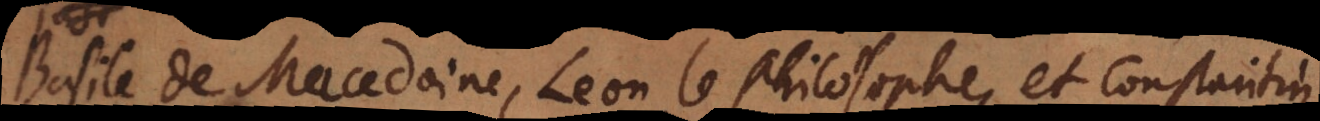
Basile de Macedoine, Leon le Philosophe, et Constantin